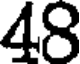
48